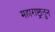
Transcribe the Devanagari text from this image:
महाराष्ट्रातुन